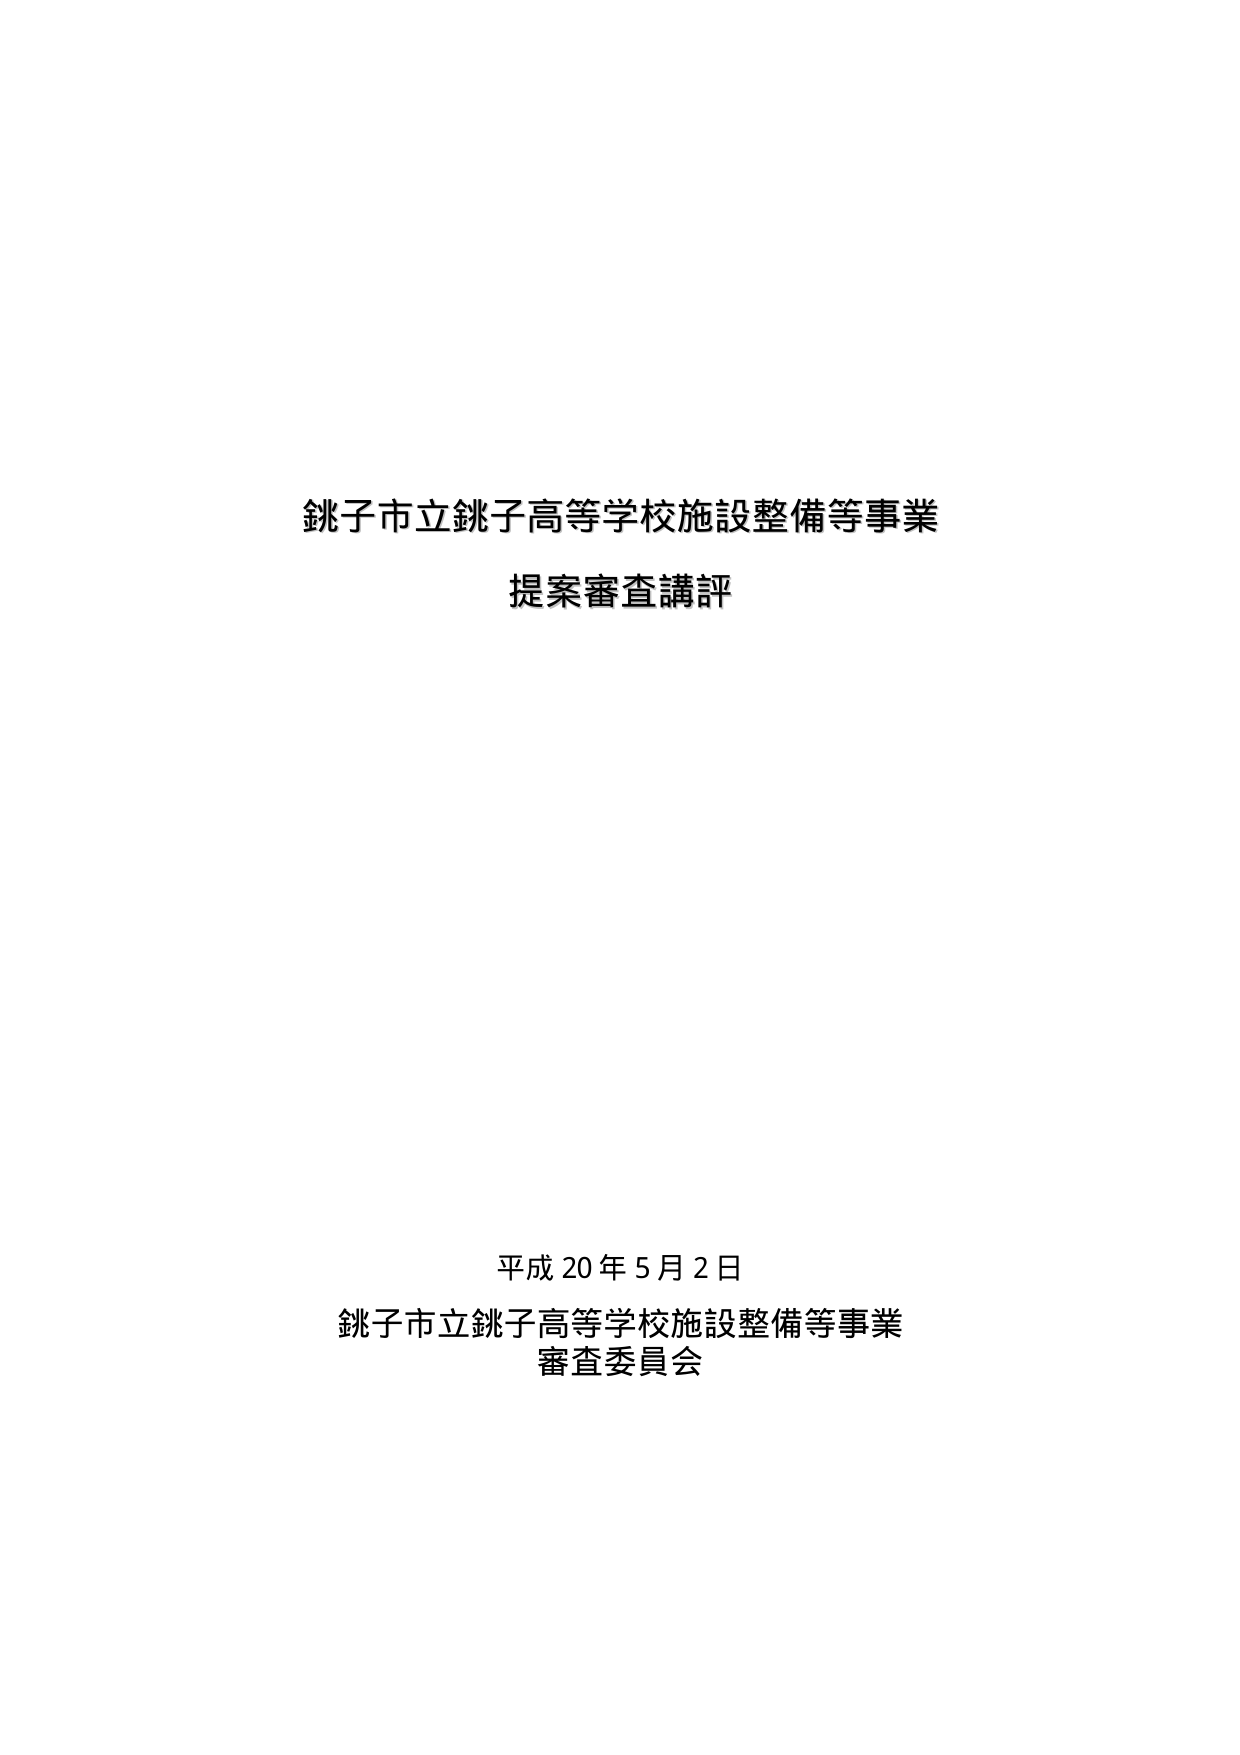
銚子市立銚子高等学校施設整備等事業
提案審査講評

平成20年5月2日
銚子市立銚子高等学校施設整備等事業
審査委員会